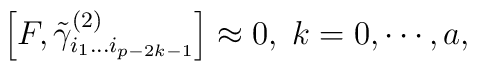
\left[ F,\tilde \gamma _{i_1\ldots i_{p-2k-1}}^{(2)}\right]\approx 0,\;k=0,\cdots ,a,